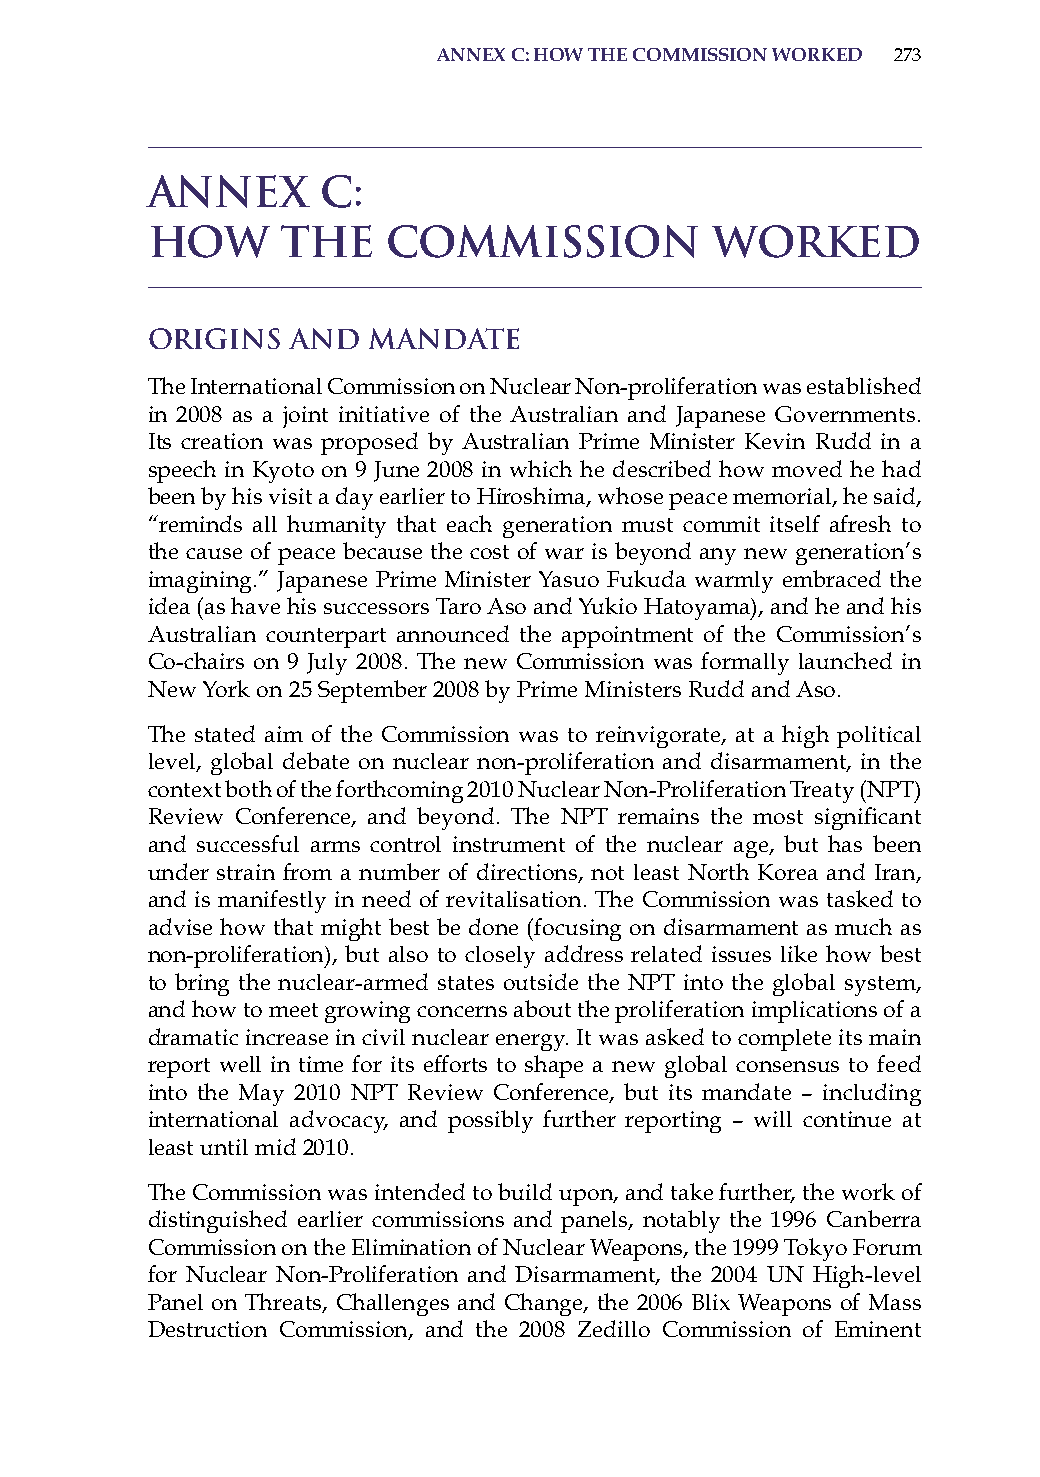
annex c: how the commission worked 273
 Annex      c:
 HOW      the    commission           worked
 Origins  and  Mandate
 The international Commission on Nuclear Non-proliferation was established
 in 2008 as a joint initiative of the australian and Japanese Governments.
 its creation was proposed by australian Prime Minister Kevin rudd in a
 speech in Kyoto on 9 June 2008 in which he described how moved he had
 been by his visit a day earlier to hiroshima, whose peace memorial, he said,
 “reminds all humanity that each generation must commit itself afresh to
 the cause of peace because the cost of war is beyond any new generation’s
 imagining.” Japanese Prime Minister Yasuo Fukuda warmly embraced the
 idea (as have his successors Taro aso and Yukio hatoyama), and he and his
 australian counterpart announced the appointment of the Commission’s
 Co-chairs on 9 July 2008. The new Commission was formally launched in
 New York on 25 september 2008 by Prime Ministers rudd and aso.
 The stated aim of the Commission was to reinvigorate, at a high political
 level, global debate on nuclear non-proliferation and disarmament, in the
 context both of the forthcoming 2010 Nuclear Non-Proliferation Treaty (NPT)
 Review Conference, and beyond. The NPT remains the most significant
 and successful arms control instrument of the nuclear age, but has been
 under strain from a number of directions, not least North Korea and iran,
 and is manifestly in need of revitalisation. The Commission was tasked to
 advise how that might best be done (focusing on disarmament as much as
 non-proliferation), but also to closely address related issues like how best
 to bring the nuclear-armed states outside the NPT into the global system,
 and how to meet growing concerns about the proliferation implications of a
 dramatic increase in civil nuclear energy. it was asked to complete its main
 report well in time for its efforts to shape a new global consensus to feed
 into the May 2010 NPT review Conference, but its mandate – including
 international advocacy, and possibly further reporting – will continue at
 least until mid 2010.
 The Commission was intended to build upon, and take further, the work of
 distinguished earlier commissions and panels, notably the 1996 Canberra
 Commission on the Elimination of Nuclear Weapons, the 1999 Tokyo Forum
 for Nuclear Non-Proliferation and Disarmament, the 2004 UN high-level
 Panel on Threats, Challenges and Change, the 2006 Blix Weapons of Mass
 Destruction Commission, and the 2008 Zedillo Commission of Eminent